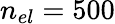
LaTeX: n_{el}=500